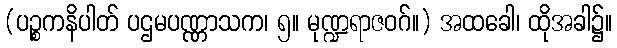
(ပဉ္စကနိပါတ် ပဌမပဏ္ဏာသက၊ ၅။ မုဏ္ဍရာဇဝဂ်။) အထခေါ၊ ထိုအခါ၌။